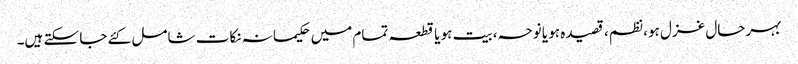
بہرحال غزل ہو، نظم، قصیدہ ہو یا نوحہ، بیت ہو یا قطعہ تمام میں حکیمانہ نکات شامل کئے جا سکتے ہیں۔